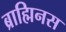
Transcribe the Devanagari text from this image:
ब्राह्मिनस